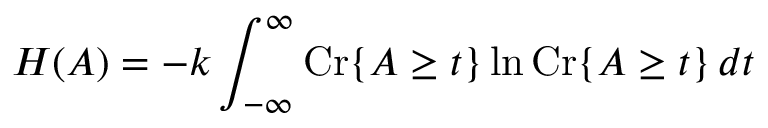
H ( A ) = - k \int _ { - \infty } ^ { \infty } \operatorname { C r } \lbrace A \geq t \rbrace \ln \operatorname { C r } \lbrace A \geq t \rbrace \, d t